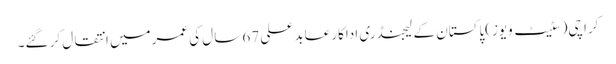
کراچی(سٹیٹ ویوز)پاکستان کے لیجنڈری اداکار عابد علی 67 سال کی عمرمیں انتقال کر گئے۔